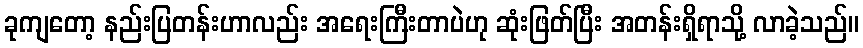
ခုကျတော့ နည်းပြတန်းဟာလည်း အရေးကြီးတာပဲဟု ဆုံးဖြတ်ပြီး အတန်းရှိရာသို့ လာခဲ့သည်။